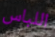
اللباس